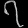
Digit: ၇